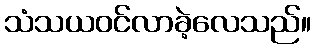
သံသယဝင်လာခဲ့လေသည်။